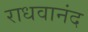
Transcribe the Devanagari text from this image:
राधवानंद